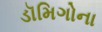
ડૉમિગોના